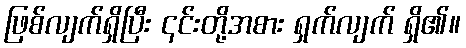
ဖြစ်လျက်ရှိပြီး ၎င်းတို့အစား ရှက်လျက် ရှိ၏။